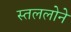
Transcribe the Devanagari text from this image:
स्तललोने